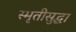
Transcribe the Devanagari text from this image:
स्मृतीसुद्धा